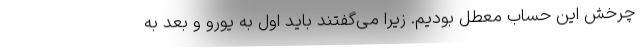
چرخش این حساب معطل بودیم. زیرا می‌گفتند باید اول به یورو و بعد به